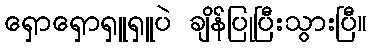
ရှောရှောရှူရှူပဲ ချိန်ပြုပြီးသွားပြီ။